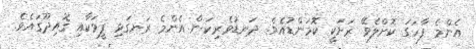
އެންމެ ފާހަގަ ކޮށްލެވޭ ރަށަކީ ކޮމަންޑުއެވެ. ދަނޑުވެރިކަން އެންމެ ރަނގަޅި ފީވަކާއި ގޮއިދޫގައެވެ.